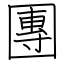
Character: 團